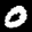
Label: 0